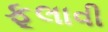
ફૂલાવી